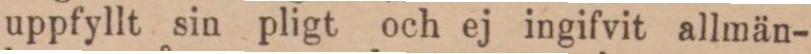
uppfyllt sin pligt och ej ingifvit allmän-